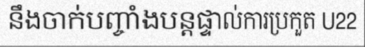
នឹងចាក់បញ្ចាំងបន្តផ្ទាល់ការប្រកួត U22